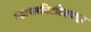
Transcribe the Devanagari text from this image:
प्रज्ञापारमितह्रिदयसूत्र